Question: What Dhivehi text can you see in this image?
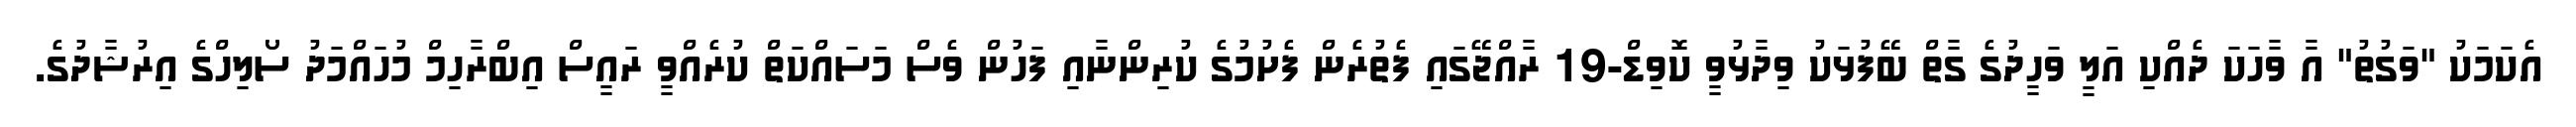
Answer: އެކަމަކު "ވަގުތު" އާ ވާހަކަ ދެއްކި އަލީ ވަހީދުގެ ގާތް ބޭފުޅަކު ވިދާޅުވީ ކޮވިޑް-19 ރާއްޖޭގައި ފެތުރެން ފެށުމުގެ ކުރިންނާއި ފަހުން ވެސް މަސައްކަތް ކުރެއްވީ ރައީސް އިބްރާހިމް މުހައްމަދު ސޯލިހްގެ އިރުޝާދުގެ.